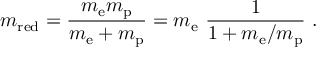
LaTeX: m _ { \mathrm { r e d } } = { \frac { m _ { \mathrm { e } } m _ { \mathrm { p } } } { m _ { \mathrm { e } } + m _ { \mathrm { p } } } } = m _ { \mathrm { e } } ~ { \frac { 1 } { 1 + m _ { \mathrm { e } } / m _ { \mathrm { p } } } } ~ .